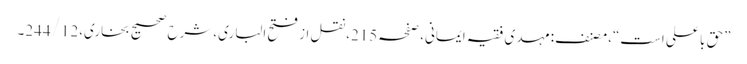
”حق با علی است“،مصنف:مہدی فقیہ ایمانی، صفحہ215،نقل از فتح الباری،شرح صحیح بخاری،244/12۔